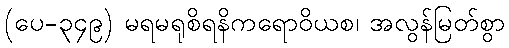
(ပေ-၃၄၉) မရမရုစိရနိကရောဝိယစ၊ အလွန်မြတ်စွာ